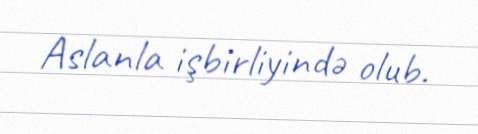
Aslanla işbirliyində olub.